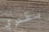
بقدري